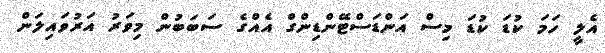
އެލީ ހަމަ ކުޑަ ކުޑަ މިސް އަންޑަސްޓޭންޑިންގް އެއްގެ ސަބަބުން މިވަރު އަރުވައިލަން